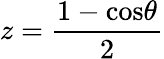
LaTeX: z=\frac{1-\mathrm{cos}\theta}{2}